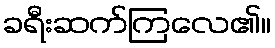
ခရီးဆက်ကြလေ၏။